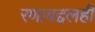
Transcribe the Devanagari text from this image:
रणाबद्दलही